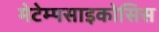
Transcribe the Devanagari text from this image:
मेटेम्पसाइकोसिस